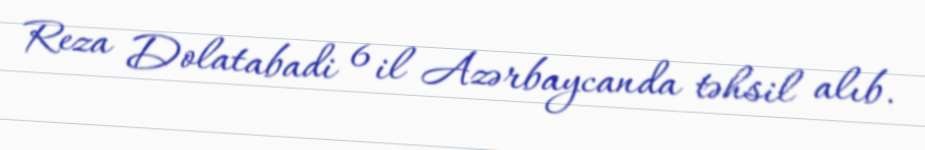
Reza Dolatabadi 6 il Azərbaycanda təhsil alıb.